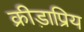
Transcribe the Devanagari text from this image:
क्रीड़ाप्रिय